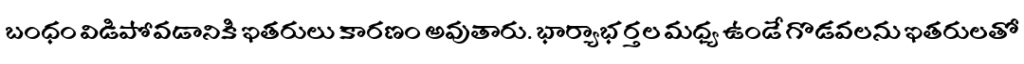
బంధం విడిపోవడానికి ఇతరులు కారణం అవుతారు. భార్యాభర్తల మధ్య ఉండే గొడవలను ఇతరులతో